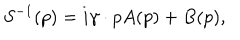
S ^ { - 1 } ( p ) = i \gamma \cdot p A ( p ) + B ( p ) ,